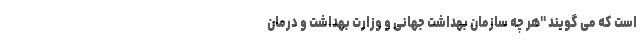
است که می گویند "هر چه سازمان بهداشت جهانی و وزارت بهداشت و درمان